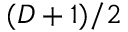
( D + 1 ) / 2